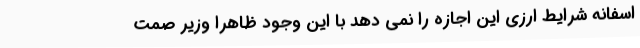
اسفانه شرایط ارزی این اجازه را نمی دهد با این وجود ظاهرا وزیر صمت